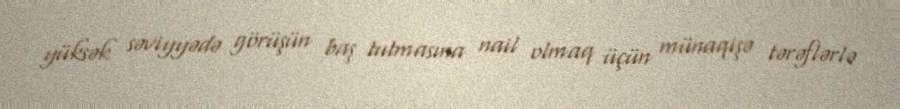
yüksək səviyyədə görüşün baş tutmasına nail olmaq üçün münaqişə tərəflərlə